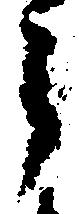
う